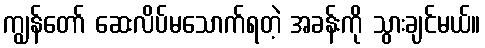
ကျွန်တော် ဆေးလိပ်မသောက်ရတဲ့ အခန်းကို သွားချင်မယ်။